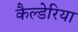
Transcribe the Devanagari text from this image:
कैल्डेरिया